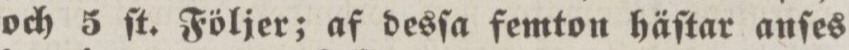
och 5 ſt. Följer; af desſa femton häſtar anſes